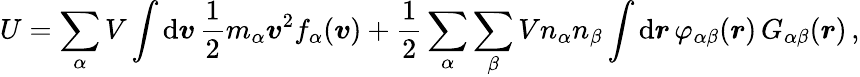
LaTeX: U=\sum_{\alpha}V\int\mathrm{d}\boldsymbol{v}\, \frac{1}{2}m_{\alpha}\boldsymbol{v}^{2}f_{\alpha}(\boldsymbol{v})+\frac{1}{2}\sum_{\alpha}\sum_{\beta}Vn_{\alpha}n_{\beta}\int\mathrm{d}\boldsymbol{r}\, \varphi_{\alpha\beta}(\boldsymbol{r})\, G_{\alpha\beta}(\boldsymbol{r})\, ,